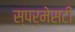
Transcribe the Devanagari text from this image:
स्पर्मेसटी